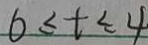
6 \leq t \leq 4